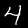
Digit: 4